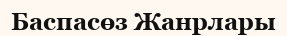
Баспасөз Жанрлары